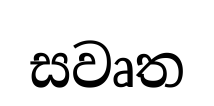
සවෘත